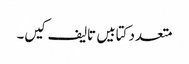
متعدد کتابیں تالیف کیں۔